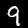
Label: 9